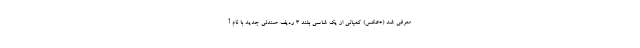
معرفی شد (+عکس) کمپانی از یک شاسی بلند 3 ردیف صندلی جدید با نام آ